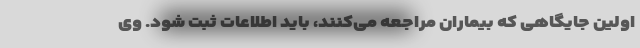
اولین جایگاهی که بیماران مراجعه می‌کنند، باید اطلاعات ثبت شود. وی